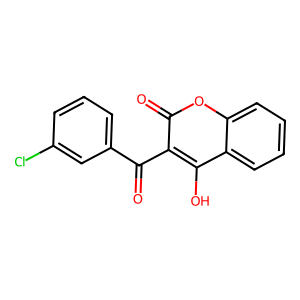
SMILES: O=C(c1cccc(Cl)c1)c1c(O)c2ccccc2oc1=O
Inhibits HIV replication: No